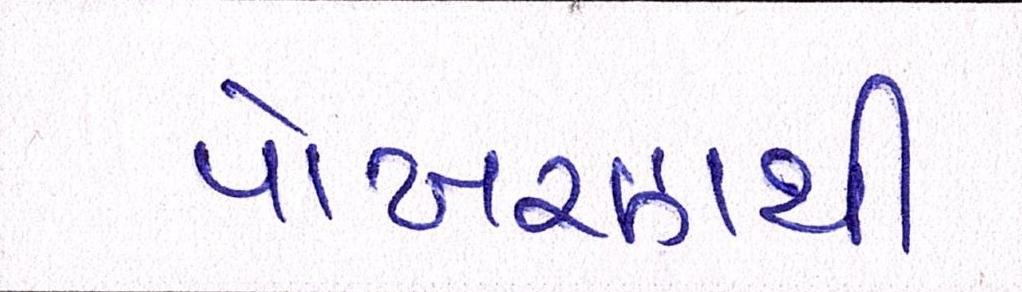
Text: પોખરણથી